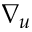
\nabla _ { u }